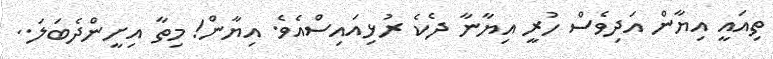
ތިއައީ އިޔާން އަދިވެސް ހުރީ އިޔާނާ ދެކެ ރުޅިއައިސްއެވެ. އިޔާން! މިތާ އިށީންދެބަަލަ..